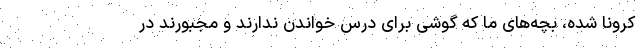
کرونا شده، بچه‌های ما که گوشی برای درس خواندن ندارند و مجبورند در